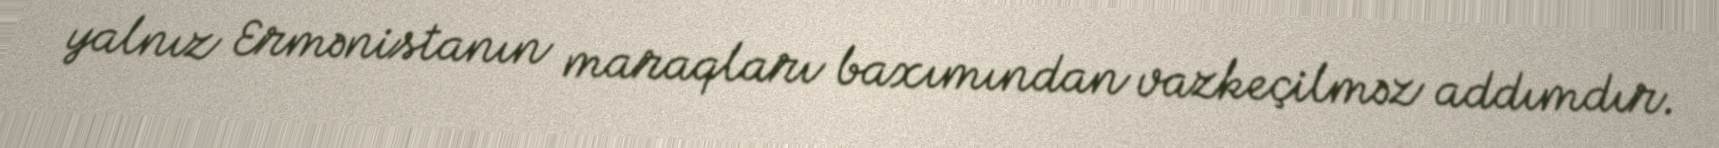
yalnız Ermənistanın maraqları baxımından vazkeçilməz addımdır.